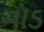
મૉડ